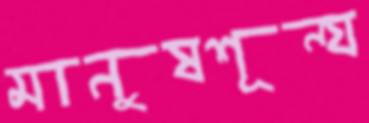
মানুষশূন্য